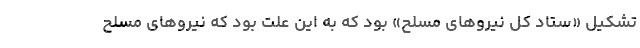
تشکیل «ستاد کل نیروهای مسلح» بود که به این علت بود که نیروهای مسلح